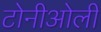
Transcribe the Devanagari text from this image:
टोनीओली